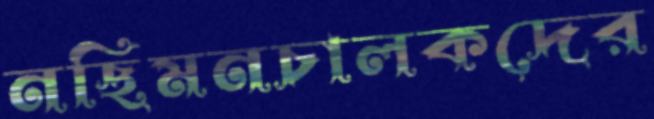
নছিমনচালকদের